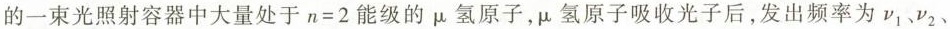
的一束光照射容器中大量处于$$n=2$$能级的\mu 氢原子，\mu 氢原子吸收光子后，发出频率为v_{1}、v_{2}、